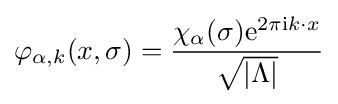
\varphi _{\alpha ,k}(x,\sigma )={\frac {\chi _{\alpha }(\sigma )\mathrm {e} ^{2\pi \mathrm {i} k\cdot x}}{\sqrt {|\Lambda |}}}